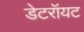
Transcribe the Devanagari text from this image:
डेटरॉयट